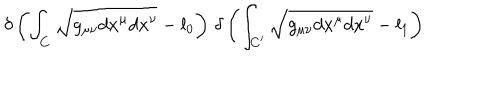
LaTeX: \delta \left( \int _ { C } \sqrt { g _ { \mu \nu } d x ^ { \mu } d x ^ { \nu } } - l _ { 0 } \right) \, \delta \left( \int _ { C ^ { \prime } } \sqrt { g _ { \mu \nu } d x ^ { \mu } d x ^ { \nu } } - l _ { 1 } \right)